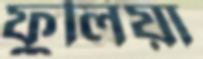
ফুলিয়া